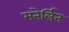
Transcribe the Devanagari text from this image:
मनेर्लिन